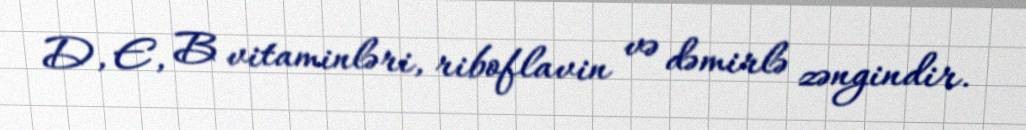
D, E, B vitaminləri, riboflavin və dəmirlə zəngindir.